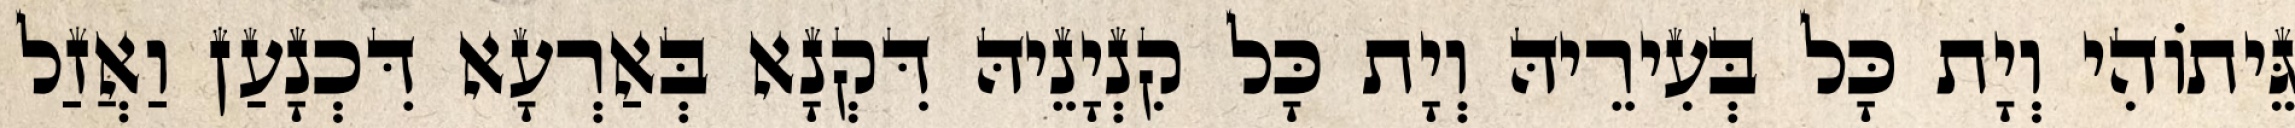
גֵּיתוֹהִי וְיָת כָּל בְּעִירֵיהּ וְיָת כָּל קִנְיָנֵיהּ דִּקְנָא בְּאַרְעָא דִּכְנָעַן וַאֲזַל